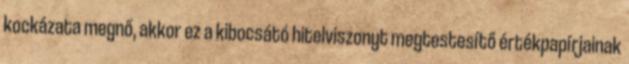
kockázata megnő, akkor ez a kibocsátó hitelviszonyt megtestesítő értékpapírjainak